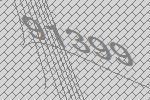
91399